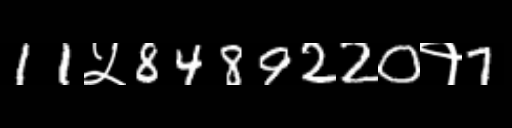
Text: 11५8489220१7